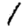
Digit: 1